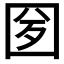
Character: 𡇕